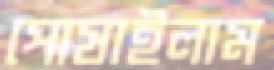
পোষাইলাম